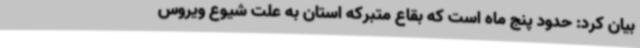
بیان کرد: حدود پنج ماه است که بقاع متبرکه استان به علت شیوع ویروس